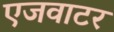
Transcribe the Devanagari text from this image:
एजवाटर